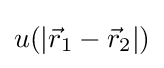
u(|{\vec {r}}_{1}-{\vec {r}}_{2}|)